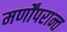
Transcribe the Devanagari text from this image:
मर्णोंपरान्त